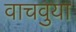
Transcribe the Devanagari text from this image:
वाचवुया